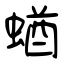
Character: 蝤